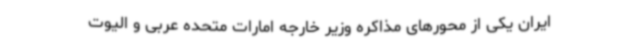
ایران یکی از محورهای مذاکره وزیر خارجه امارات متحده عربی و الیوت